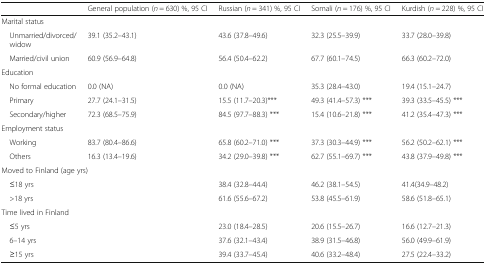
<table><thead><tr><td></td><td><b>General population (<i>n</i> = 630) %, 95 CI</b></td><td><b>Russian (<i>n</i> = 341) %, 95 CI</b></td><td><b>Somali (<i>n</i> = 176) %, 95 CI</b></td><td><b>Kurdish (<i>n</i> = 228) %, 95 CI</b></td></tr></thead><tbody><tr><td colspan="5">Marital status</td></tr><tr><td> Unmarried/divorced/widow</td><td>39.1 (35.2–43.1)</td><td>43.6 (37.8–49.6)</td><td>32.3 (25.5–39.9)</td><td>33.7 (28.0–39.8)</td></tr><tr><td> Married/civil union</td><td>60.9 (56.9–64.8)</td><td>56.4 (50.4–62.2)</td><td>67.7 (60.1–74.5)</td><td>66.3 (60.2–72.0)</td></tr><tr><td colspan="5">Education</td></tr><tr><td> No formal education</td><td>0.0 (NA)</td><td>0.0 (NA)</td><td>35.3 (28.4–43.0)</td><td>19.4 (15.1–24.7)</td></tr><tr><td> Primary</td><td>27.7 (24.1–31.5)</td><td>15.5 (11.7–20.3)***</td><td>49.3 (41.4–57.3) ***</td><td>39.3 (33.5–45.5) ***</td></tr><tr><td> Secondary/higher</td><td>72.3 (68.5–75.9)</td><td>84.5 (97.7–88.3) ***</td><td>15.4 (10.6–21.8) ***</td><td>41.2 (35.4–47.3) ***</td></tr><tr><td colspan="5">Employment status</td></tr><tr><td> Working</td><td>83.7 (80.4–86.6)</td><td>65.8 (60.2–71.0) ***</td><td>37.3 (30.3–44.9) ***</td><td>56.2 (50.2–62.1) ***</td></tr><tr><td> Others</td><td>16.3 (13.4–19.6)</td><td>34.2 (29.0–39.8) ***</td><td>62.7 (55.1–69.7) ***</td><td>43.8 (37.9–49.8) ***</td></tr><tr><td colspan="5">Moved to Finland (age yrs)</td></tr><tr><td> ≤18 yrs</td><td></td><td>38.4 (32.8–44.4)</td><td>46.2 (38.1–54.5)</td><td>41.4(34.9–48.2)</td></tr><tr><td> &gt;18 yrs</td><td></td><td>61.6 (55.6–67.2)</td><td>53.8 (45.5–61.9)</td><td>58.6 (51.8–65.1)</td></tr><tr><td colspan="5">Time lived in Finland</td></tr><tr><td> ≤5 yrs</td><td></td><td>23.0 (18.4–28.5)</td><td>20.6 (15.5–26.7)</td><td>16.6 (12.7–21.3)</td></tr><tr><td> 6–14 yrs</td><td></td><td>37.6 (32.1–43.4)</td><td>38.9 (31.5–46.8)</td><td>56.0 (49.9–61.9)</td></tr><tr><td> ≥15 yrs</td><td></td><td>39.4 (33.7–45.4)</td><td>40.6 (33.2–48.4)</td><td>27.5 (22.4–33.2)</td></tr></tbody></table>